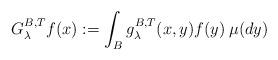
LaTeX: \begin{align*}G_\lambda^{B,T} f(x):=\int_B g_\lambda^{B,T}(x,y)f(y)\:\mu(dy)\end{align*}